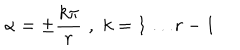
\alpha = \pm \displaystyle \frac { k \pi } { r } \, \, , \, \, k = 1 \ldots r - 1 \, \,